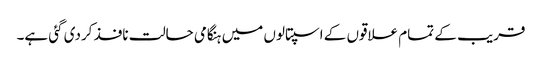
قریب کے تمام علاقوں کے اسپتالوں میں ہنگامی حالت نافذ کردی گئی ہے۔